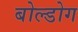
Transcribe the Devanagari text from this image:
बोल्डोग